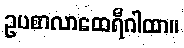
ဥပစာလာထေရီဂါထာ။